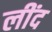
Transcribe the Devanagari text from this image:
लींद